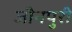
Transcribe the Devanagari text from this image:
जीनपुरी